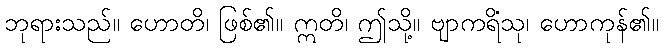
ဘုရားသည်။ ဟောတိ၊ ဖြစ်၏။ ဣတိ၊ ဤသို့။ ဗျာကရိံသု၊ ဟောကုန်၏။